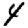
Digit: 4